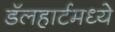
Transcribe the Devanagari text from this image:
डॅलहार्टमध्ये